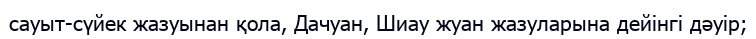
сауыт-сүйек жазуынан қола, Дачуан, Шиау жуан жазуларына дейінгі дәуір;